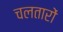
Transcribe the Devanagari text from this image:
चलतारों